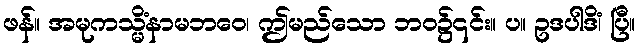
ဖန်။ အမုကသ္မိံနာမဘဝေ၊ ဤမည်သော ဘဝ၌၎င်း။ ပ။ ဥဒပါဒိံ၊ ပြီ။